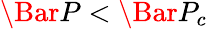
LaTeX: \Bar{P}<\Bar{P}_{c}